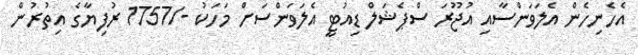
އެހެނިހެން އެލަވަންސާއި އުޖޫރަ ސްޕެޝަލް ޑިއުޓީ އެލަވަންސަށް މަހަކު -/1757 ރުފިޔާގެ އިތުރުން